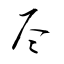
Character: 尽